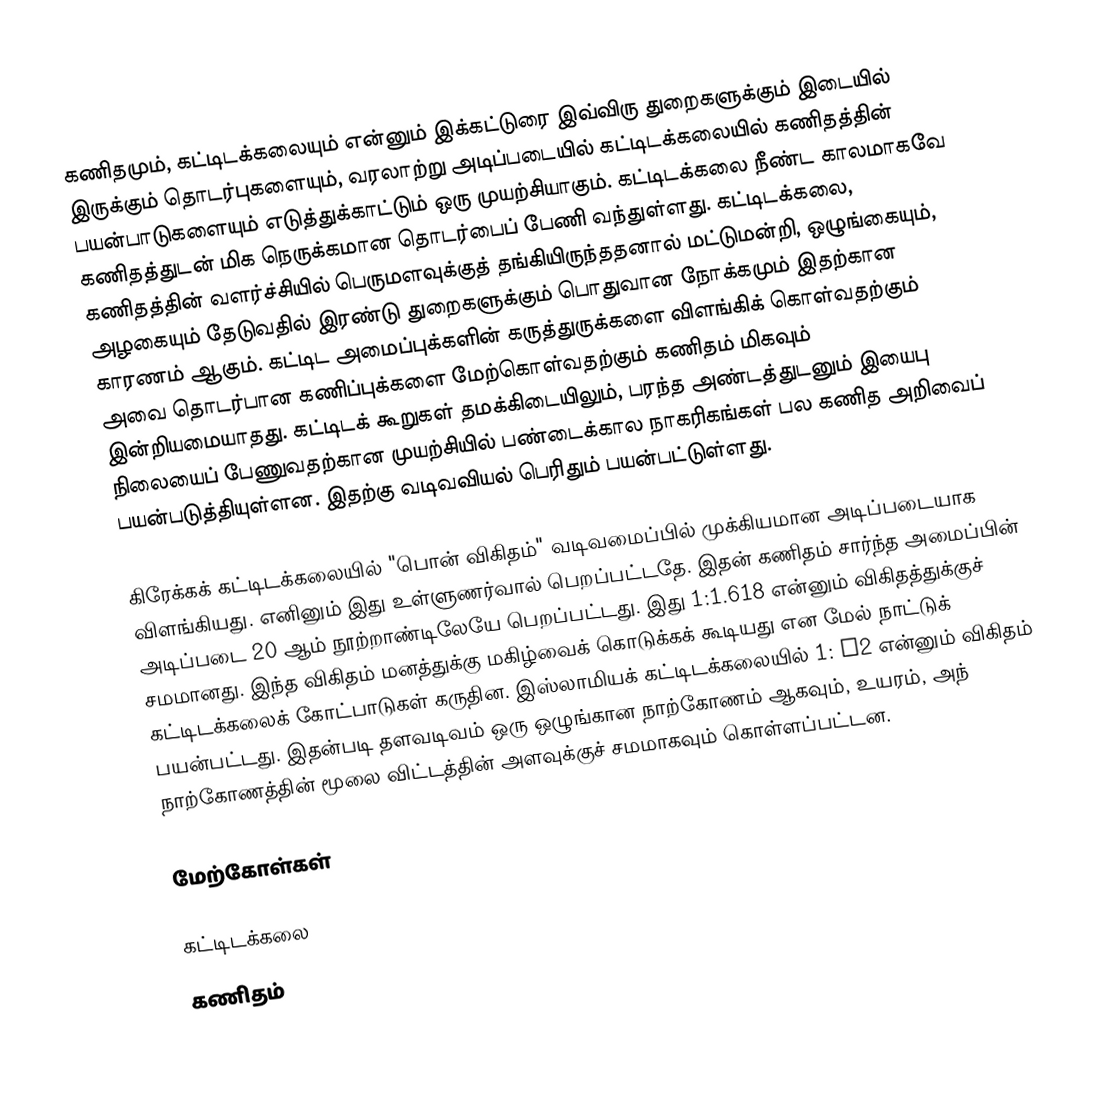
கணிதமும், கட்டிடக்கலையும் என்னும் இக்கட்டுரை இவ்விரு துறைகளுக்கும் இடையில்  இருக்கும் தொடர்புகளையும், வரலாற்று அடிப்படையில் கட்டிடக்கலையில் கணிதத்தின் பயன்பாடுகளையும் எடுத்துக்காட்டும் ஒரு முயற்சியாகும். கட்டிடக்கலை நீண்ட காலமாகவே கணிதத்துடன் மிக நெருக்கமான தொடர்பைப் பேணி வந்துள்ளது. கட்டிடக்கலை, கணிதத்தின் வளர்ச்சியில் பெருமளவுக்குத் தங்கியிருந்ததனால் மட்டுமன்றி, ஒழுங்கையும், அழகையும் தேடுவதில் இரண்டு துறைகளுக்கும் பொதுவான நோக்கமும் இதற்கான காரணம் ஆகும். கட்டிட அமைப்புக்களின் கருத்துருக்களை விளங்கிக் கொள்வதற்கும் அவை தொடர்பான கணிப்புக்களை மேற்கொள்வதற்கும் கணிதம் மிகவும் இன்றியமையாதது. கட்டிடக் கூறுகள் தமக்கிடையிலும், பரந்த அண்டத்துடனும் இயைபு நிலையைப் பேணுவதற்கான முயற்சியில் பண்டைக்கால நாகரிகங்கள் பல கணித அறிவைப் பயன்படுத்தியுள்ளன. இதற்கு வடிவவியல் பெரிதும் பயன்பட்டுள்ளது.

கிரேக்கக் கட்டிடக்கலையில் "பொன் விகிதம்" வடிவமைப்பில் முக்கியமான அடிப்படையாக விளங்கியது. எனினும் இது உள்ளுணர்வால் பெறப்பட்டதே. இதன் கணிதம் சார்ந்த அமைப்பின் அடிப்படை 20 ஆம் நூற்றாண்டிலேயே பெறப்பட்டது. இது 1:1.618 என்னும் விகிதத்துக்குச் சமமானது. இந்த விகிதம் மனத்துக்கு மகிழ்வைக் கொடுக்கக் கூடியது என மேல் நாட்டுக் கட்டிடக்கலைக் கோட்பாடுகள் கருதின. இஸ்லாமியக் கட்டிடக்கலையில் 1: √2 என்னும் விகிதம் பயன்பட்டது. இதன்படி தளவடிவம் ஒரு ஒழுங்கான நாற்கோணம் ஆகவும், உயரம், அந் நாற்கோணத்தின் மூலை விட்டத்தின் அளவுக்குச் சமமாகவும் கொள்ளப்பட்டன.

மேற்கோள்கள்

கட்டிடக்கலை
கணிதம்